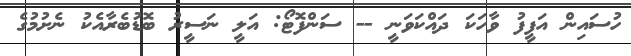
ހުސައިން އަފީފު ވާހަކަ ދައްކަވަނީ -- ސަންފޮޓޯ: އަލީ ނަސީރު ބޮޑުބެރާއެކު ނެށުމުގެ